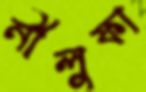
নীলুফা